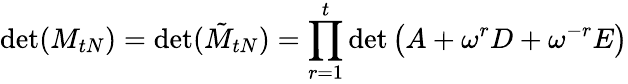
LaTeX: \operatorname*{det}(M_{tN})=\operatorname*{det}(\tilde{M}_{tN})=\prod_{r=1}^{t}\operatorname*{det}\left(A+\omega^{r}D+\omega^{-r}E\right)